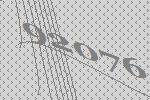
92076